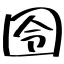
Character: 囹